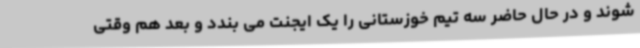
شوند و در حال حاضر سه تیم خوزستانی را یک ایجنت می بندد و بعد هم وقتی